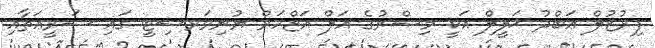
ފިރުޒުލް ޢަބްދު ޚަލީލް އަކީ މިޞްރުގެ އަލް އަޒްހަރް ޔުނިވަރސިޓީ ގައި ޝަރީޢަތާއި